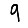
Digit: 9